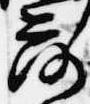
落